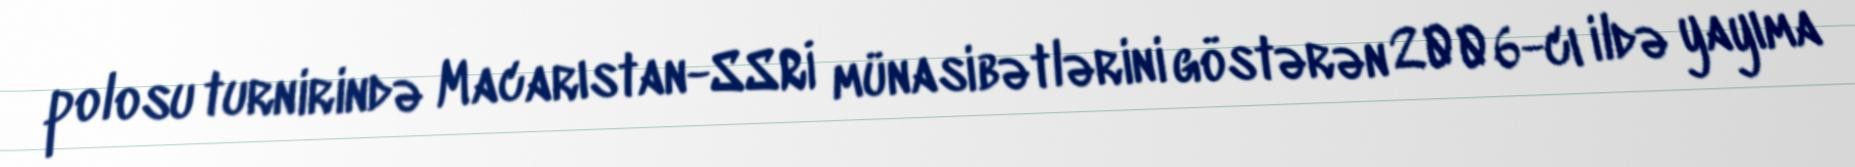
polosu turnirində Macarıstan-SSRİ münasibətlərini göstərən 2006-cı ildə yayıma